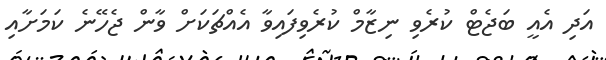
އަދި އެއީ ބަޖެޓް ކުރެވި ނިޒާމް ކުރެވިފައިވާ އެއްޗަކަށް ވާން ޖެހޭނެ ކަމަށާއި